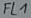
Text: FL1